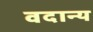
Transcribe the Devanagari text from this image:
वदान्य